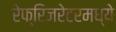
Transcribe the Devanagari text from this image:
रेफ्रिजरेटरमध्ये